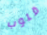
قلوب